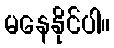
မနေနိုင်ပါ။